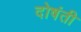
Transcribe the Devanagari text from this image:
दोषंती